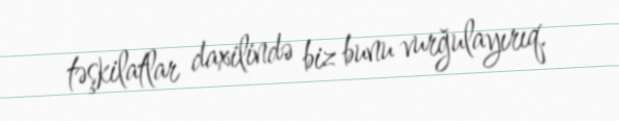
təşkilatlar daxilində biz bunu vurğulayırıq.